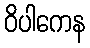
ဝိပါကေန